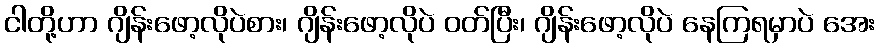
ငါတို့ဟာ ဂျိန်းဖော့လိုပဲစား၊ ဂျိန်းဖော့လိုပဲ ဝတ်ပြီး၊ ဂျိန်းဖော့လိုပဲ နေကြရမှာပဲ အေး